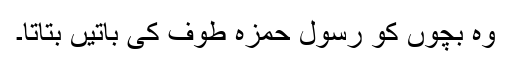
وہ بچوں کو رسول حمزہ طوف کی باتیں بتاتا۔